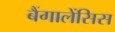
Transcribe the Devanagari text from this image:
बैंगालेंसिस